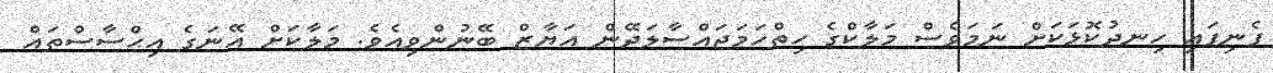
ފެނިފައި ހިނދުކޮޅަކަށް ނަމަވެސް މަލާކްގެ ހިތްހަމަޖައްސާލަދޭން އަޔާޒް ބޭނުންވިއެވެ. މަލާކަށް އޭނަގެ އިޙްސާސްތައް